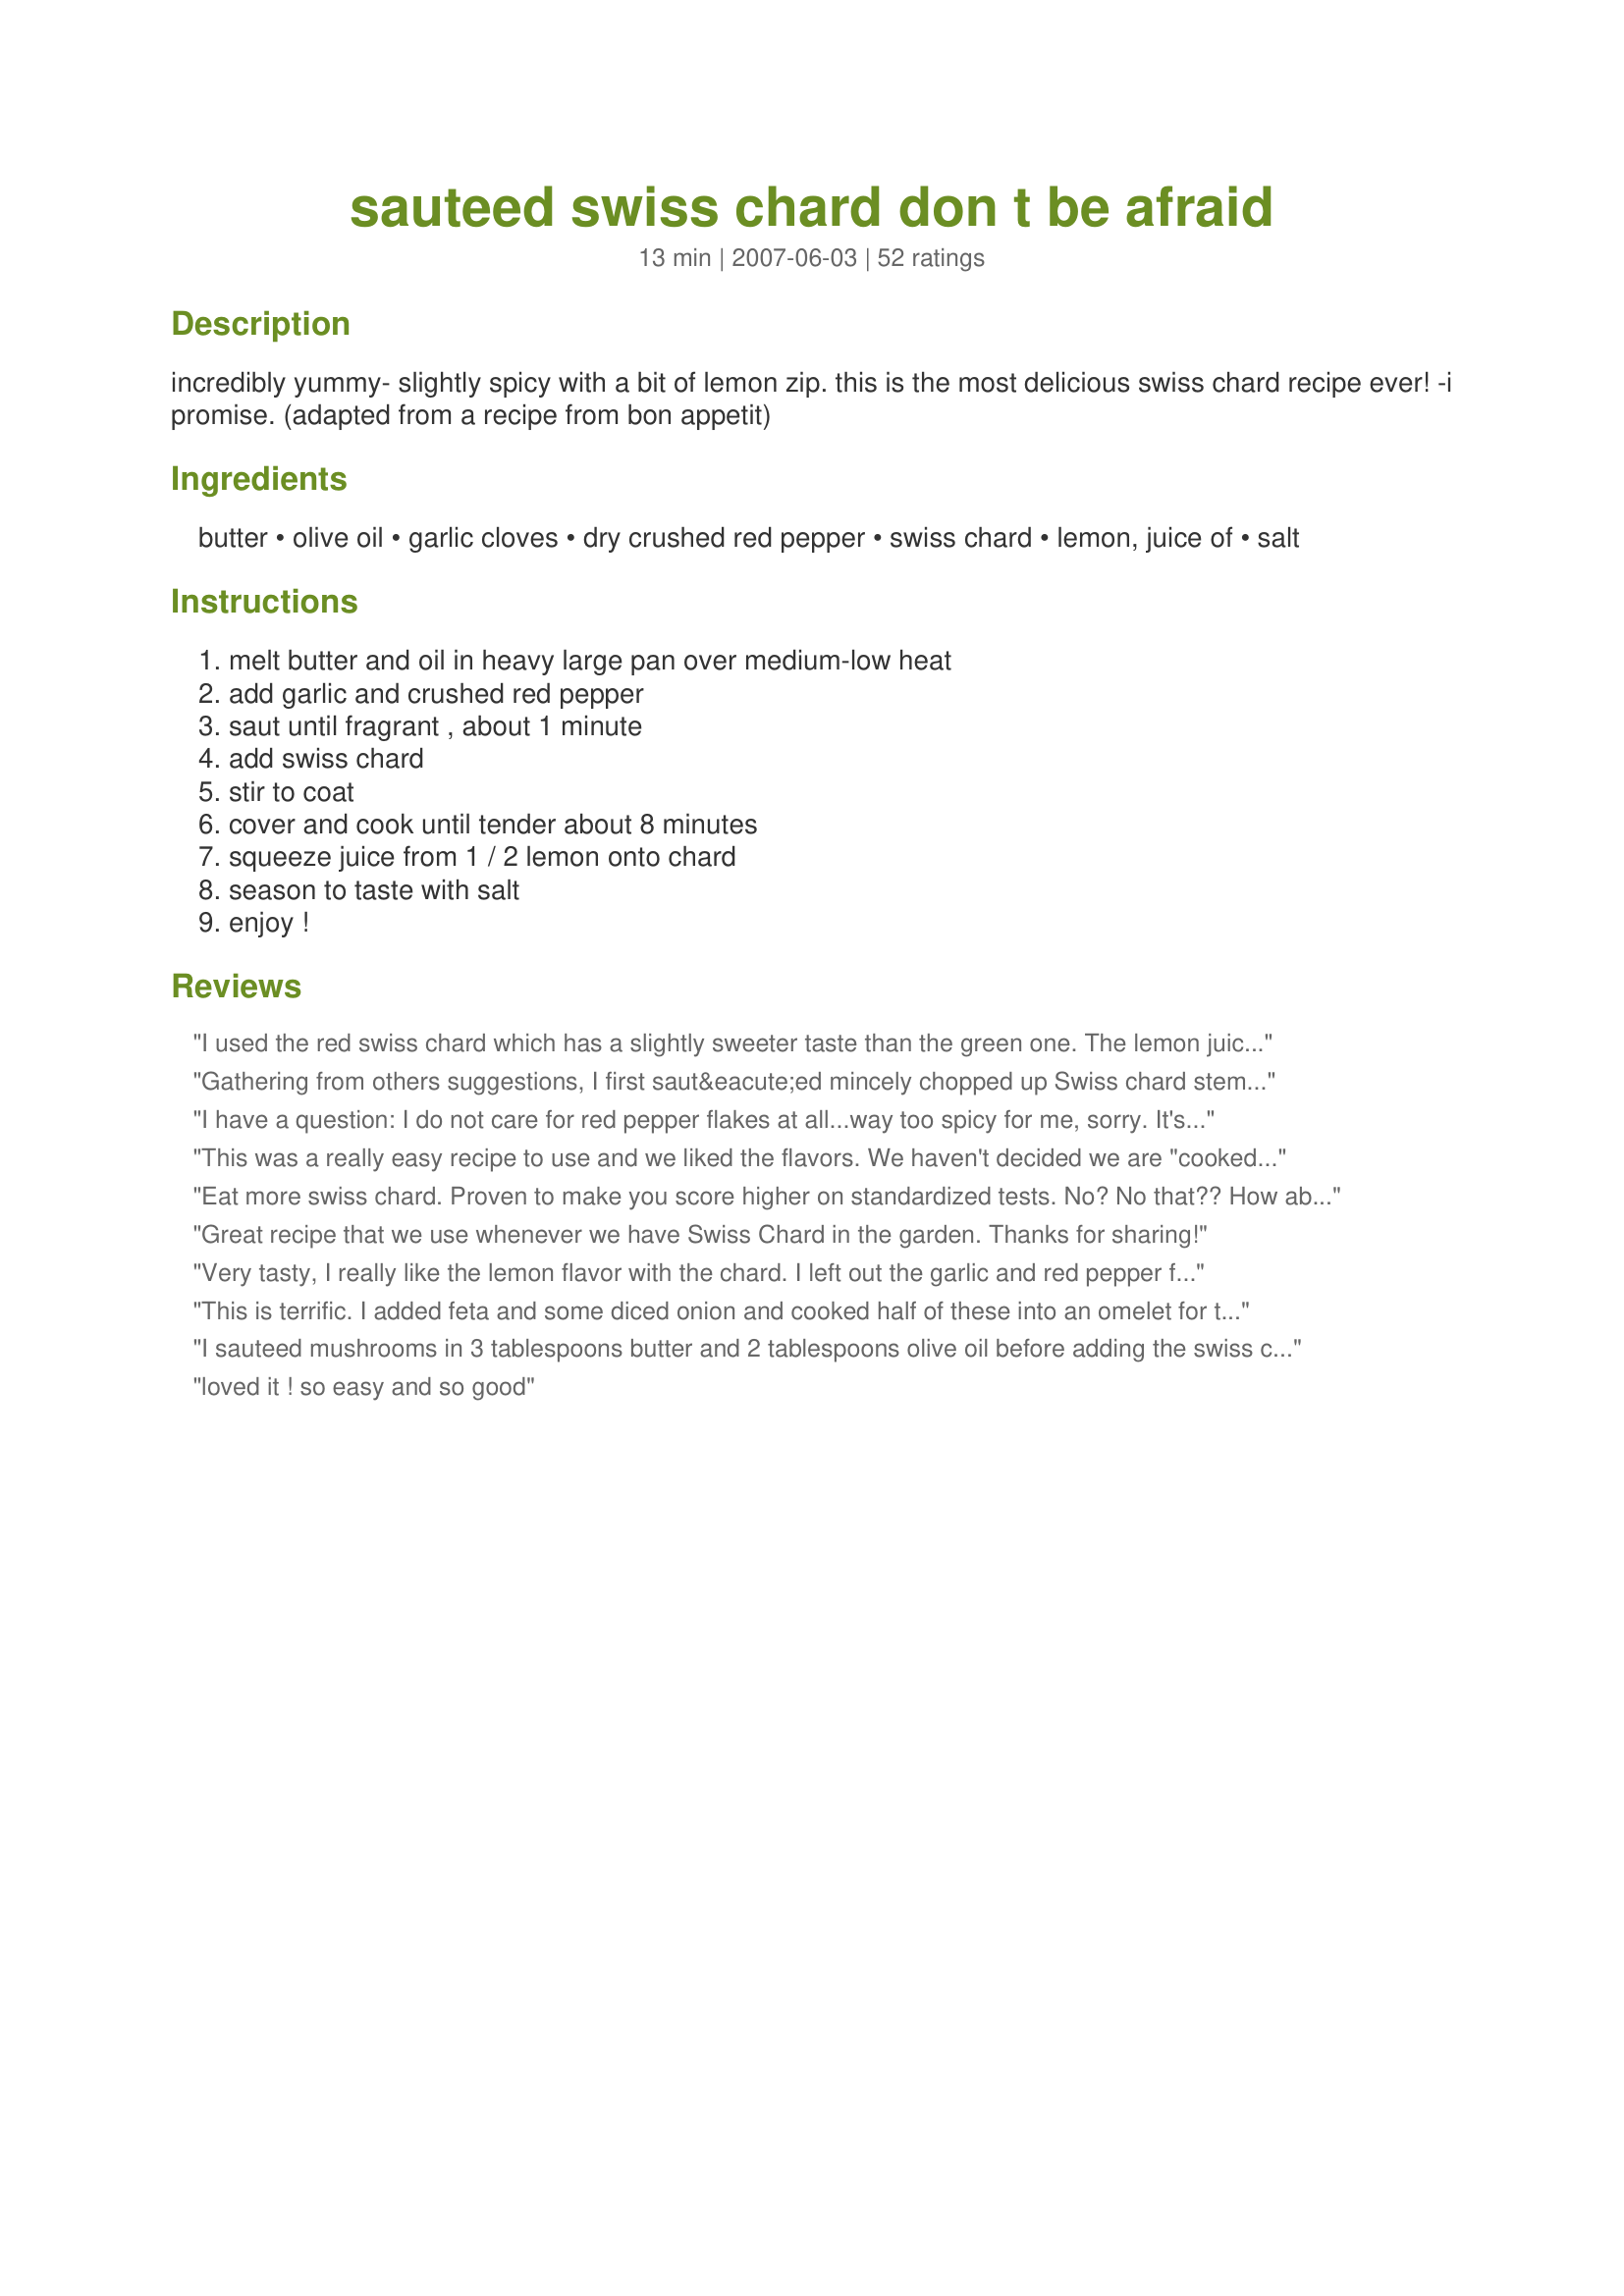
sauteed swiss chard don t be afraid
Preparation time: 13 minutes

incredibly yummy- slightly spicy with a bit of lemon zip. this is the most delicious swiss chard recipe ever! -i promise. (adapted from a recipe from bon appetit)

Ingredients:
butter, olive oil, garlic cloves, dry crushed red pepper, swiss chard, lemon, juice of, salt

Steps:
melt butter and oil in heavy large pan over medium-low heat, add garlic and crushed red pepper, saut until fragrant , about 1 minute, add swiss chard, stir to coat, cover and cook until tender about 8 minutes, squeeze juice from 1 / 2 lemon onto chard, season to taste with salt, enjoy !

Reviews:
I used the red swiss chard which has a slightly sweeter taste than the green one. The lemon juice really gives it a nice zing.
Gathering from others suggestions, I first saut&eacute;ed mincely chopped up Swiss chard stems in (my idea) chicken broth in a cast iron Dutch oven. I used all of the stems. In addition, crushed garlic (a few cloves) and seasoning were added. When the stems were good and tender (8 minutes) and the broth had reduced, I added the finely chopped leafs along with the butter and olive oil. This simmered for another 6 to 8 minutes. I also added a tablespoon of sugar to offset any bitter flavor. It was done perfectly. I served the greens with a fresh sliced lemon and Parmesan cheese on the side. The lemon juice is unexpectedly a compliment to these greens! Will make again and again.
I have a question: I do not care for red pepper flakes at all...way too spicy for me, sorry. It's a burden, but I can't help it. ANYWAY, what else would you recommend adding or should I just leave it out? Thanks!!
This was a really easy recipe to use and we liked the flavors. We haven't decided we are "cooked" Swiss Chard fans yet since this was our first time. I thought it had a flavor cross between broccoli and fresh spinach. I will try to use Swiss Chard in place of lettuce on sandwiches and wraps and in salads would be good too since it is so healthy, maybe we can work it in our diets like that. I really like the thick, crispness of the leaves. Thanks for posting a great recipe for us to try!
Eat more swiss chard. Proven to make you score higher on standardized tests. No? No that?? How about: Prevents aging, promotes mutant superhero strength and makes you feel like 16 again? I knew we could agree on something!
Great recipe that we use whenever we have Swiss Chard in the garden. Thanks for sharing!
Very tasty, I really like the lemon flavor with the chard. I left out the garlic and red pepper flakes, and added some black pepper instead. Cooking time was pretty much right on, though I think I'll start the chopped up ribs a tiny bit earlier than the rest next time (was good as is, but I think I'd like them just a little softer)
This is terrific. I added feta and some diced onion and cooked half of these into an omelet for two and it was spectacular!
I sauteed mushrooms in 3 tablespoons butter and 2 tablespoons olive oil before adding the swiss chard. Lemon, butter and garlic are great with mushrooms The mushrooms really added a richer look to the rainbow chard I used. Will add more garlic next time.
loved it ! so easy and so good
I used garlic scapes....delicious!
I was a little skeptical at first because of the lemon, but it made the dish fantastic. This is especially good with chicken stuffed boursin.
Delicious. However, I made it with kale. I do not like to make a recipe for the first time and alter it. But I do not like swiss chard. Sorry, I have tried. So when I read this recipe I knew kale would be substituted. This recipe is so good and fast, other than the kale the recipe was made as printed. The lemon makes it so good. Thank you hollyfrolly!
Delicious! Followed recipe exactly and it was fabulous! Also works great with spinach and kale. Thanks for sharing!
This is the first year we have grown Chard, so I have been a little unsure how to use it. I have eaten it several times but have never cooked it myself. I looked through all the recipes for Swiss Chard on this site and picked this one. I am sure glad I did. We love it and will be using it a lot from now on. It's simple, easy to remember and the best Chard I have ever eaten. I did add extra garlic, red pepper and I used bottled lemon juice. I was very tasty. Thanks so much for this great recipe.
I am so glad I have lots of chard in my garden so I can make this recipe again and again. This really is delicious. I added more garlic but otherwise made no changes.
I&#039;m at the point of eating better, esp with vegetable! I&#039;ve always seen Swiss Chard at the store and not sure how to prepare it. I saw this recipe and said &quot;Why not?&quot;.&lt;br/&gt;It was easy to prepare and very yummy!&lt;br/&gt;This will be on my green rotation!!
I just made this recipe with a nameless leafy green vegetable that I picked up at a street market here in Korea. I have only one word to describe this recipe: yum!
Went perfectly with my baked salmon. 5 stars.
Don't know where I've been all my life but have never cookedcSwiss Chard before! So, found this recipe, followed it and my husband gave it two thumbs up, called his daughter in Texas and said he just ate the best greens he ever had! And he's been to the southern states a bunch! I tweaked it a bit for his taste - some sea salt, a bit more red pepper flakes and didn't cook it quite as long - about six minutes but other than that i used your basic directions. Nice to know I'm not too old to learn new things to cook!
This was delicious..even my teen son liked it. My hubby called it grass until he tasted it. Said it was very good. Followed the recipe, and added red onions...the red pepper was a nice touch.
Interestingly I wanted to use up an abundance of Romaine. This recipe worked great. Though I keep a mix of butter and olive oil in the fridge and used it. The rest was just about right. It was good. Tomorrow I do the Chard, as I now have an abundance of it in my garden.
I wish I had more chard now. This was SO good.
Fantastic flavor! We loved this recipe and it was so easy that I could make it on a week night, and will. Thank you!
I never liked swiss chard, but my husband LOVES it! I usually indulge him a couple times a year, and make something else for me. I wanted to try something new that I might like too. This recipe is great! I even bought swiss chard by choice today!
I was doubtful since I&#039;ve never had chard before and am generally not a leafy vegetables lover. I made this recipe last night and loved it so much that I&#039;m going to make it again tonight.
So Yummy. Garden to play in less than 15 minutes. So delicious and nutritious. Full of flavor. We love it!
I just made this recipe tonight since my father-in-law gave us some fresh garden Swiss Chard. I had never had it before. I can say that I don't have enough and I didn't want to share!! It was VERY good. I tasted it before I put the lemon in and loved it, so the addition of my favorite fruit was heavenly!! Thanks HollyFrolly!!
Well I made this last year and am just catching up on some reviews... good thing I keep notes! Well I simply have to make this again! It was fabulous!! I really like chard and grow tonnes of it in my garden! thank you for a nice recipe
Deliciously simple and healthy.
This subtle little jewel was delicious
Oh wow! Thanks to you I just found my new favorite vegetable. Everyone should try this. Thank you very much for sharing this recipe with us.
Thank you. It came out very good. I had previously tried to saute chard without the lid and I couldn't get it to soften. The lid makes all the difference.
Really enjoyed this...used swiss chard from my garden.
I really liked this. I changed the recipe a bit - I didn't use any butter, just a good quality olive oil, and only about 1 tablespoon. I doubled the garlic, and also added about 3/4 of a teaspoon of hot pepper flakes (I like my food spicy!). I think using a fresh lemon really added to the flavour. Yum!
Yum! This was delicious.
Made this dish. My husband likes swiss chard. I find it too bitter. He loved this dish. I still don't like swiss chard.
I bought one bunch for the two of us since we have never tasted swiss chard before. It was the perfect amount for our first time. Next time I make it I will use 2 bunches. The recipe is wonderful and my husband ate it and actually liked it. Thank you for a great recipe.
So good. I love swiss chard and wish I could eat it every night. This is a simple recipe that we will use for a long time. Thanks!
This is absolutely wonderful! I never really knew how to fix Chard. I never cared for it in a salad. But you will love this!
Amazing! we had it for dinner tonight! Doubled the recipe and used leeks instead of garlic and added the zest from the lemon for a little extra pizzazz!
I used a finely minced habanero and lemon zest as well as juice. Fantastic!
fantastic!
Very nice, and my 21-month-old loves it, too!
I wanted to try Swiss Chard for the first time and was looking for a simple recipe. I always considered myself as someone that doesn't like greens....well not anymore! I LOVED this! It was easy and fantastic. Thanks!
Simple and delicious!
Wow! I usually don't go too crazy about veggies....but this was so good! The first time I tried Swiss chard, my DH was not too keen about it (I didn't quite get it cooked enough). This recipe was the deciding factor....like or dislike?!?! Well, you sold him (and me, of course!!) The lemon really makes the dish shine through!! Kudos on a great find and thanks for passing it on!!
Really good. I had a lot of chard growing in the garden and this was a tasty and easy way to use some up.
this was great, and clearly quite easy to make. i might add a bit more red pepper next time. i'd never cooked swiss chard before, and was amazed by how much it cooks down. i'm going to add this to my thanksgiving repertoire. a nice, simple recipe.
This was fantastic! The only 2 things we did differently....we put the stems in the pot for 2 or 3 minutes before the leaves, then we sprinkled with Parmesan cheese after it was plated. It was delicious! Can't wait to make it again!
Switched out lemon for lime and added 6 eggs for a solid meal which was shared by 3. This clever recipe made Swiss chard accessible, easy to prepare, quick and delicious. Thanks!
Wow! Simple and delicious. I&#039;m a chard virgin. This is my first attempt and we are hooked. So quick and easy. I did not add the lemons, but served with sliced lemons and shredded parmisiano on the side. I squeezed lemon on mine and it was perfect. Thank you. This will be made again.
